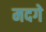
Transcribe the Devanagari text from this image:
मदगे